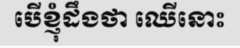
បើខ្ញុំដឹងថា ឈើនោះ